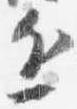
近